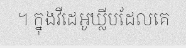
។ ក្នុងវីដេអូឃ្លីបដែលគេ